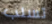
تسلب